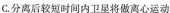
C.分离后较短时间内卫星将做离心运动